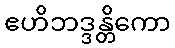
ဧဟိဘဒ္ဒန္တိကော